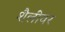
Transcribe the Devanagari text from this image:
शैलींवर